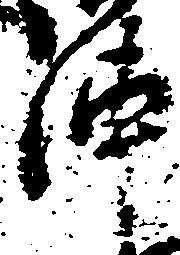
陣